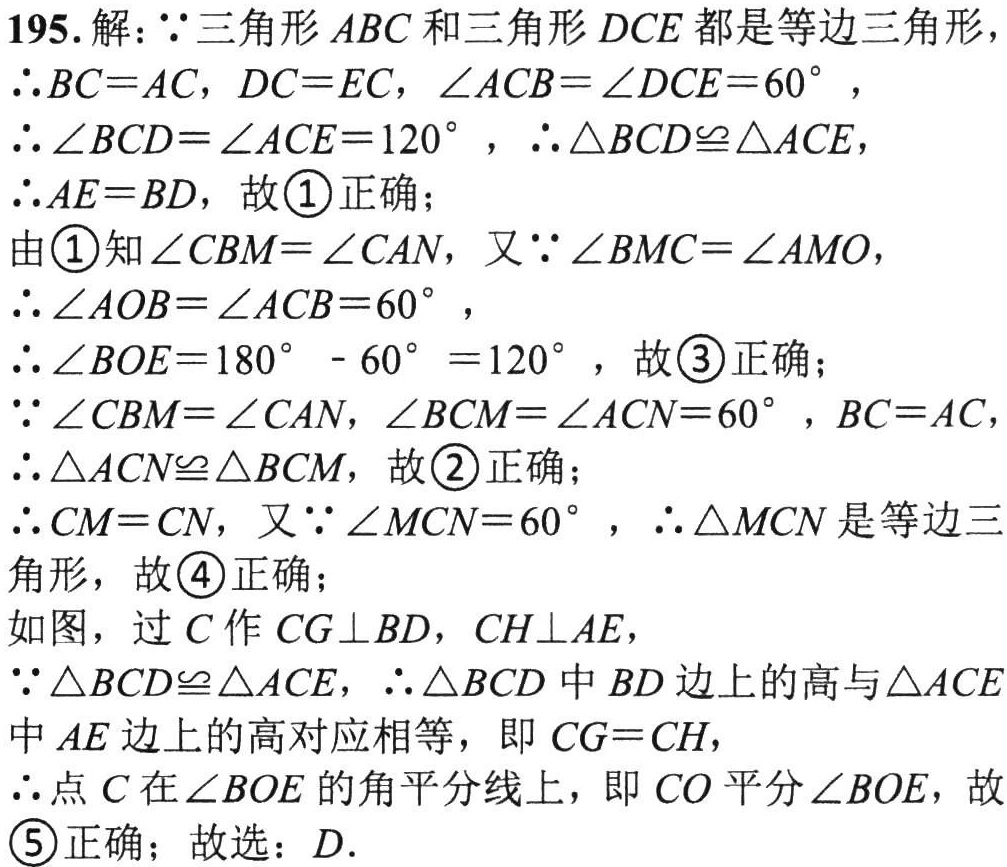
195. 解：\(\because\)三角形\(ABC\)和三角形\(DCE\)都是等边三角形，
\(\therefore BC = AC\)，\(DC = EC\)，\(\angle ACB=\angle DCE = 60^{\circ}\)，
\(\therefore\angle BCD=\angle ACE = 120^{\circ}\)，\(\therefore\triangle BCD\cong\triangle ACE\)，
\(\therefore AE = BD\)，故\textcircled{1}正确；
由\textcircled{1}知\(\angle CBM=\angle CAN\)，又\(\because\angle BMC=\angle AMO\)，
\(\therefore\angle AOB=\angle ACB = 60^{\circ}\)，
\(\therefore\angle BOE=180^{\circ}-60^{\circ}=120^{\circ}\)，故\textcircled{3}正确；
\(\because\angle CBM=\angle CAN\)，\(\angle BCM=\angle ACN = 60^{\circ}\)，\(BC = AC\)，
\(\therefore\triangle ACN\cong\triangle BCM\)，故\textcircled{2}正确；
\(\therefore CM = CN\)，又\(\because\angle MCN = 60^{\circ}\)，\(\therefore\triangle MCN\)是等边三
角形，故\textcircled{4}正确；
如图，过\(C\)作\(CG\perp BD\)，\(CH\perp AE\)，
\(\because\triangle BCD\cong\triangle ACE\)，\(\therefore\triangle BCD\)中\(BD\)边上的高与\(\triangle ACE\)
中\(AE\)边上的高对应相等，即\(CG = CH\)，
\(\therefore\)点\(C\)在\(\angle BOE\)的角平分线上，即\(CO\)平分\(\angle BOE\)，故
\textcircled{5}正确；故选：\(D\).